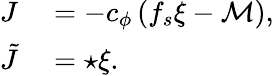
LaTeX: \begin{array}{rl}{J}&{{}=-c_{\phi}\left(f_{s}\xi-{\cal M}\right),}\\ {\tilde{J}}&{{}=\star\xi.}\end{array}